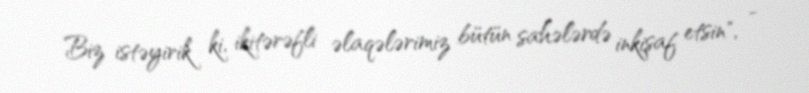
Biz istəyirik ki, ikitərəfli əlaqələrimiz bütün sahələrdə inkişaf etsin", -